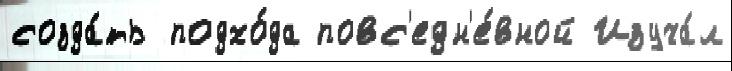
созда́ть подхо́да повс'едн'е́вной Изуча́л